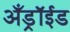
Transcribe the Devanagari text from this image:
अँड्रॉईड